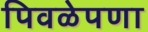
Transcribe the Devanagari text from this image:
पिवळेपणा